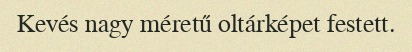
Kevés nagy méretű oltárképet festett.